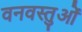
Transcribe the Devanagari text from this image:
वनवस्तुओं